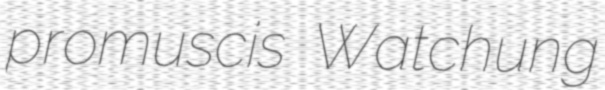
promuscis Watchung